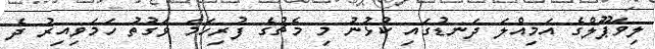
ލިވަޕޫލްގެ އަމިއްލަ ދަނޑުގައި ކުޅުނު މި މެޗުގެ ފުރިހަމަ ވަގުތު ހަމަވިއިރު ދެ